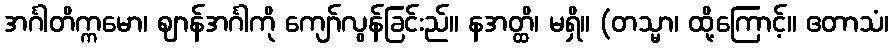
အင်္ဂါတိက္ကမော၊ ဈာန်အင်္ဂါကို ကျော်လွန်ခြင်းည်။ နအတ္ထိ၊ မရှိ။ (တသ္မာ၊ ထို့ကြောင့်။ ဧတာသံ၊